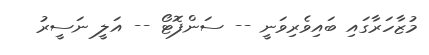
މުޒާހަރާގައި ބައިވެރިވަނީ -- ސަންފޮޓޯ -- އަލީ ނަސީރު